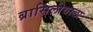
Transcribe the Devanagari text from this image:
ब्रासिलीयाला